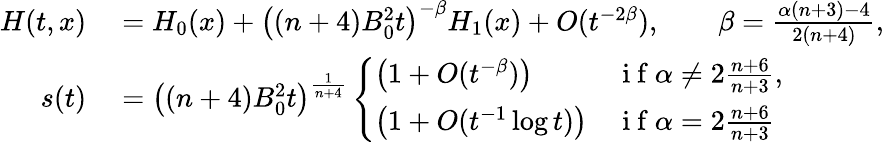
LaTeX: \begin{array}{rl}{H(t,x)}&{{}=H_{0}(x)+\big((n+4)B_{0}^{2}t\big)^{-\beta}H_{1}(x)+O(t^{-2\beta}),\qquad\beta=\frac{\alpha(n+3)-4}{2(n+4)},}\\ {s(t)}&{{}=\big((n+4)B_{0}^{2}t\big)^{\frac{1}{n+4}}\left\{ \begin{array}{ll}{\big(1+O(t^{-\beta})\big)}&{\mathrm{~i~f~}\alpha\ne 2\frac{n+6}{n+3},}\\ {\big(1+O(t^{-1}\log t)\big)}&{\mathrm{~i~f~}\alpha=2\frac{n+6}{n+3}}\end{array}\right.}\end{array}